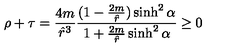
\rho + \tau = \frac { 4 m } { { \hat { r } } ^ { 3 } } \frac { ( 1 - \frac { 2 m } { \hat { r } } ) \sinh ^ { 2 } \alpha } { 1 + \frac { 2 m } { \hat { r } } \sinh ^ { 2 } \alpha } \ge 0